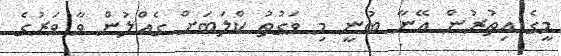
މީގެ އިތުރުން އޭނާ ބުނީ މި ވަގުތު ކްލަބަށް ގެއްލުން ވާ ވަރުގެ